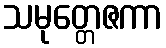
သမုတ္တေဇကာ